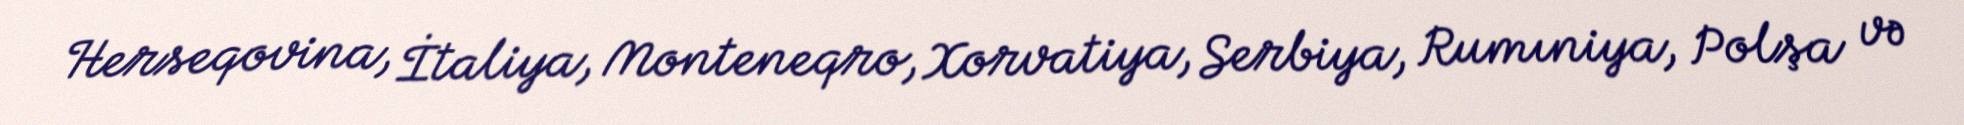
Herseqovina, İtaliya, Monteneqro, Xorvatiya, Serbiya, Rumıniya, Polşa və